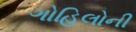
ગોહિલોની